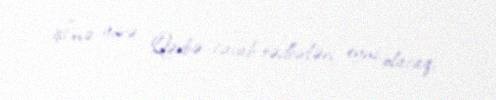
işi"nə görə Qərbə cavab tədbirləri eyni olacaq.